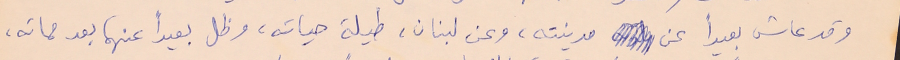
وقد عاش بعيداً عن مدينته، وعن لبنان، طيلة حياته، وظل بعيداً عنهما بعد مماته،